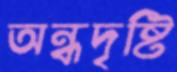
অন্ধদৃষ্টি